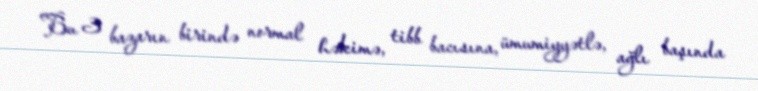
Bu 3 bazarın birində normal həkimə, tibb bacısına, ümumiyyətlə, ağlı başında